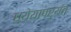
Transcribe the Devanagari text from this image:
ध्येयापर्यंत